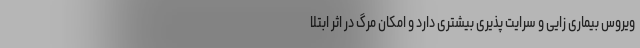
ویروس بیماری زایی و سرایت پذیری بیشتری دارد و امکان مرگ در اثر ابتلا